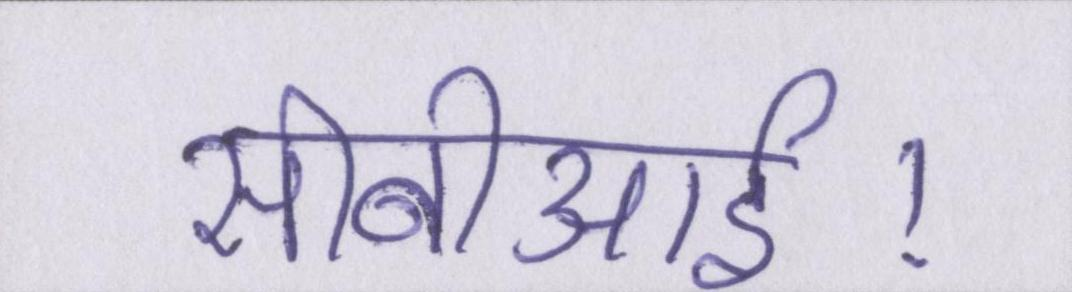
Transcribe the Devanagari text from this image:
सीबीआई।